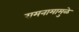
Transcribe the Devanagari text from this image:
रामनामामुळे